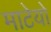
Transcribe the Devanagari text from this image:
माटेयो